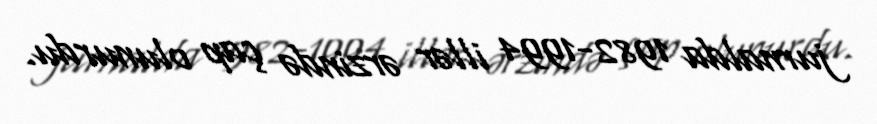
jurnalda 1982-1994 illər ərzində çap olunurdu.